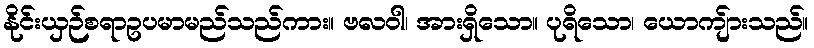
နိုင်းယှဉ်စရာဥပမာမည်သည်ကား။ ဗလဝါ၊ အားရှိသော။ ပုရိသော၊ ယောကျ်ားသည်။